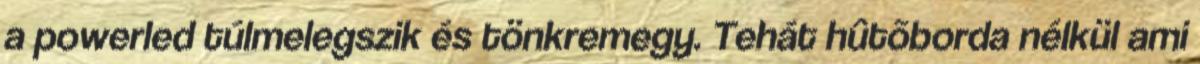
a powerled túlmelegszik és tönkremegy. Tehát hûtõborda nélkül ami